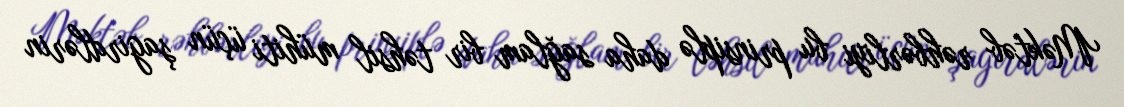
Məktəb rəhbərliyi bu prinsiplə daha sağlam bir təhsil mühiti üçün şagirdlərin